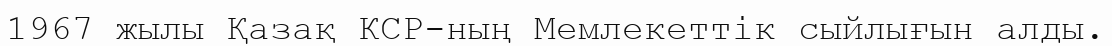
1967 жылы Қазақ КСР-ның Мемлекеттік сыйлығын алды.